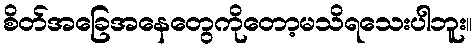
စိတ်အခြေအနေတွေကိုတော့မသိရသေးပါဘူး။